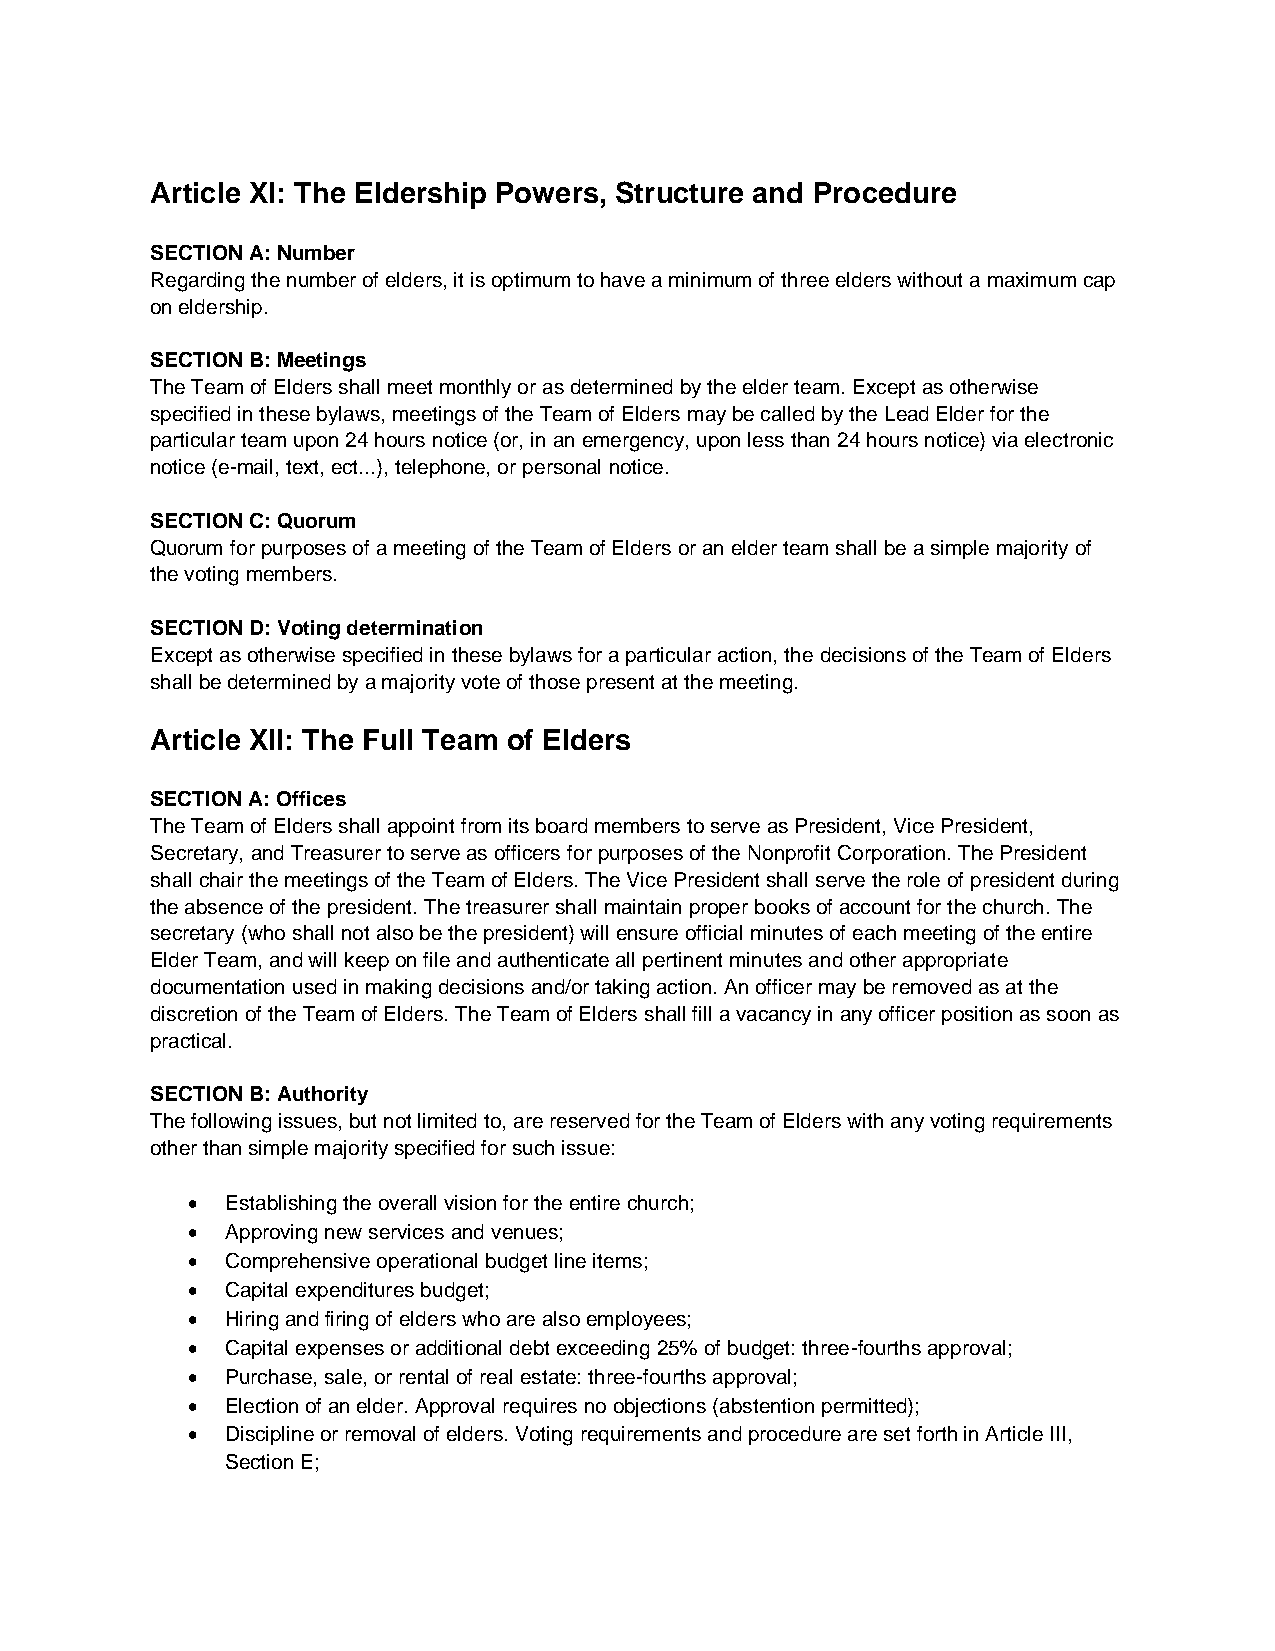
Article XI: The Eldership Powers, Structure and Procedure
 SECTION A: Number
 Regarding the number of elders, it is optimum to have a minimum of three elders without a maximum cap
 on eldership.
 SECTION B: Meetings
 The Team of Elders shall meet monthly or as determined by the elder team. Except as otherwise
 specified in these bylaws, meetings of the Team of Elders may be called by the Lead Elder for the
 particular team upon 24 hours notice (or, in an emergency, upon less than 24 hours notice) via electronic
 notice (e-mail, text, ect...), telephone, or personal notice.
 SECTION C: Quorum
 Quorum for purposes of a meeting of the Team of Elders or an elder team shall be a simple majority of
 the voting members.
 SECTION D: Voting determination
 Except as otherwise specified in these bylaws for a particular action, the decisions of the Team of Elders
 shall be determined by a majority vote of those present at the meeting.
 Article XII: The Full Team of Elders
 SECTION A: Offices
 The Team of Elders shall appoint from its board members to serve as President, Vice President,
 Secretary, and Treasurer to serve as officers for purposes of the Nonprofit Corporation. The President
 shall chair the meetings of the Team of Elders. The Vice President shall serve the role of president during
 the absence of the president. The treasurer shall maintain proper books of account for the church. The
 secretary (who shall not also be the president) will ensure official minutes of each meeting of the entire
 Elder Team, and will keep on file and authenticate all pertinent minutes and other appropriate
 documentation used in making decisions and/or taking action. An officer may be removed as at the
 discretion of the Team of Elders. The Team of Elders shall fill a vacancy in any officer position as soon as
 practical.
 SECTION B: Authority
 The following issues, but not limited to, are reserved for the Team of Elders with any voting requirements
 other than simple majority specified for such issue:
 •  Establishing the overall vision for the entire church;
 •  Approving new services and venues;
 •  Comprehensive operational budget line items;
 •  Capital expenditures budget;
 •  Hiring and firing of elders who are also employees;
 •  Capital expenses or additional debt exceeding 25% of budget: three-fourths approval;
 •  Purchase, sale, or rental of real estate: three-fourths approval;
 •  Election of an elder. Approval requires no objections (abstention permitted);
 •  Discipline or removal of elders. Voting requirements and procedure are set forth in Article III,
 Section E;